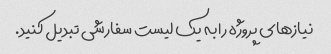
نیازهای پروژه را به یک لیست سفارشی تبدیل کنید.